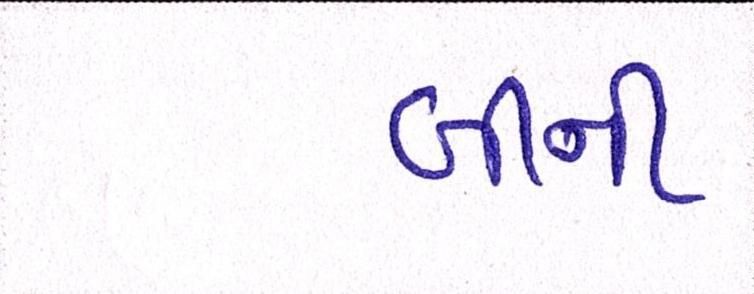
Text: બીની